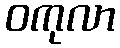
ဝကုလာ